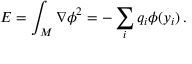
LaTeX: E = \int _ { { \cal M } } { \nabla \phi } ^ { 2 } = - \sum _ { i } q _ { i } \phi ( y _ { i } ) \, .